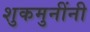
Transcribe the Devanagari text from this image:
शुकमुनींनी